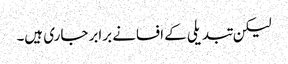
لیکن تبدیلی کے افسانے برابر جاری ہیں۔